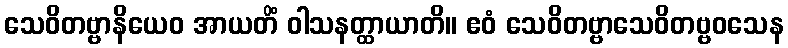
သေဝိတဗ္ဗာနိယေဝ အာယတိံ ဝါသနတ္ထာယာတိ။ ဧဝံ သေဝိတဗ္ဗာသေဝိတဗ္ဗဝသေန